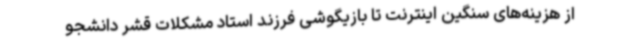
از هزینه‌های سنگین اینترنت تا بازیگوشی فرزند استاد مشکلات قشر دانشجو